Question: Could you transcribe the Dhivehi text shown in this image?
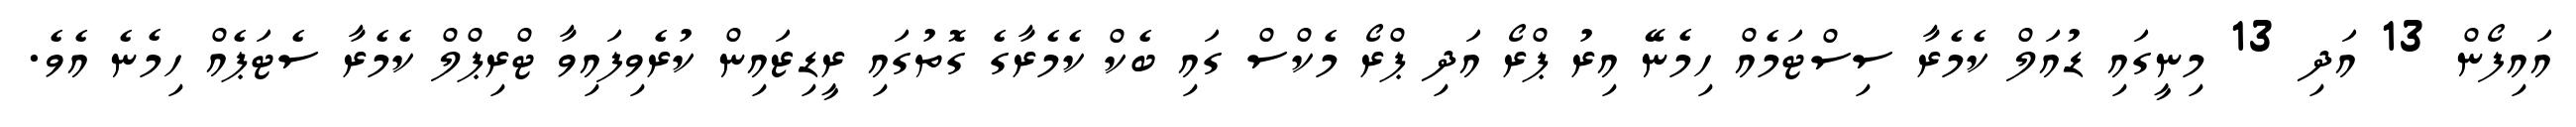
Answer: އައިފޯން 13 އަދި 13 މިނީގައި ޑުއަލް ކެމެރާ ސިސްޓަމެއް ހިމެނޭ އިރު ޕްރޯ އަދި ޕްރޯ މެކްސް ގައި ބެކް ކެމެރާގެ ގޮތުގައި ރީޑިޒައިން ކުރެވިފައިވާ ޓްރިޕްލް ކެމެރާ ސެޓަޕެއް ހިމެނެ އެވެ.